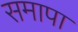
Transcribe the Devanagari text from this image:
समापा